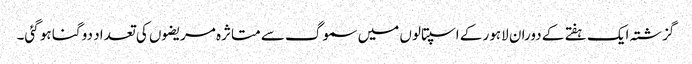
گزشتہ ایک ہفتے کے دوران لاہور کے اسپتالوں میں سموگ سے متاثرہ مریضوں کی تعداد دو گنا ہو گئی۔